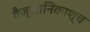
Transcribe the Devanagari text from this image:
वैज्ञानिकाश्च